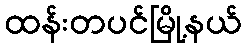
ထန်းတပင်မြို့နယ်